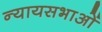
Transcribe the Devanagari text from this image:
न्यायसभाओं